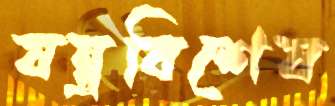
যন্ত্রবিশেষ